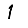
Digit: 1